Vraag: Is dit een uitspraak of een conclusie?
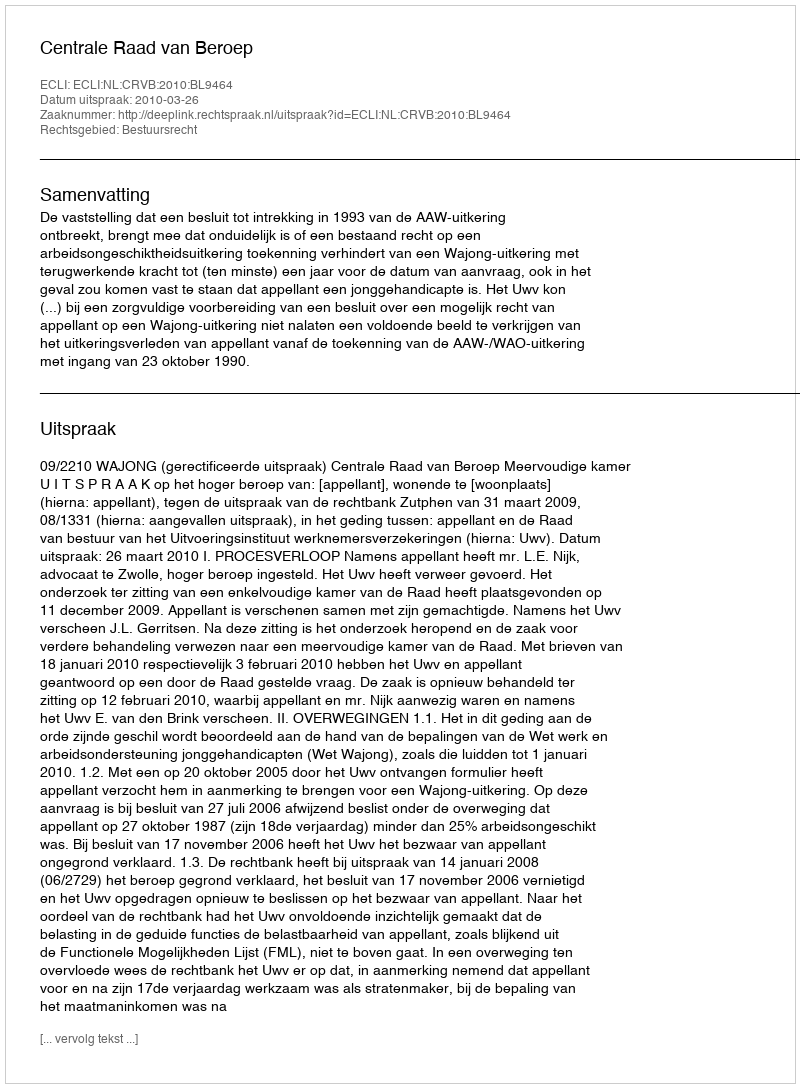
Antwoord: Uitspraak